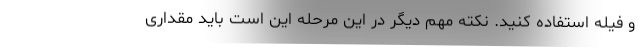
و فیله استفاده کنید. نکته مهم دیگر در این مرحله این است باید مقداری